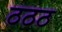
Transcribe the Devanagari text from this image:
ठठठ